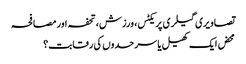
تصاویری گیلری پریکٹس، ورزش، تحفہ اور مصافحہ
محض ایک کھیل یا سرحدوں کی رقابت؟